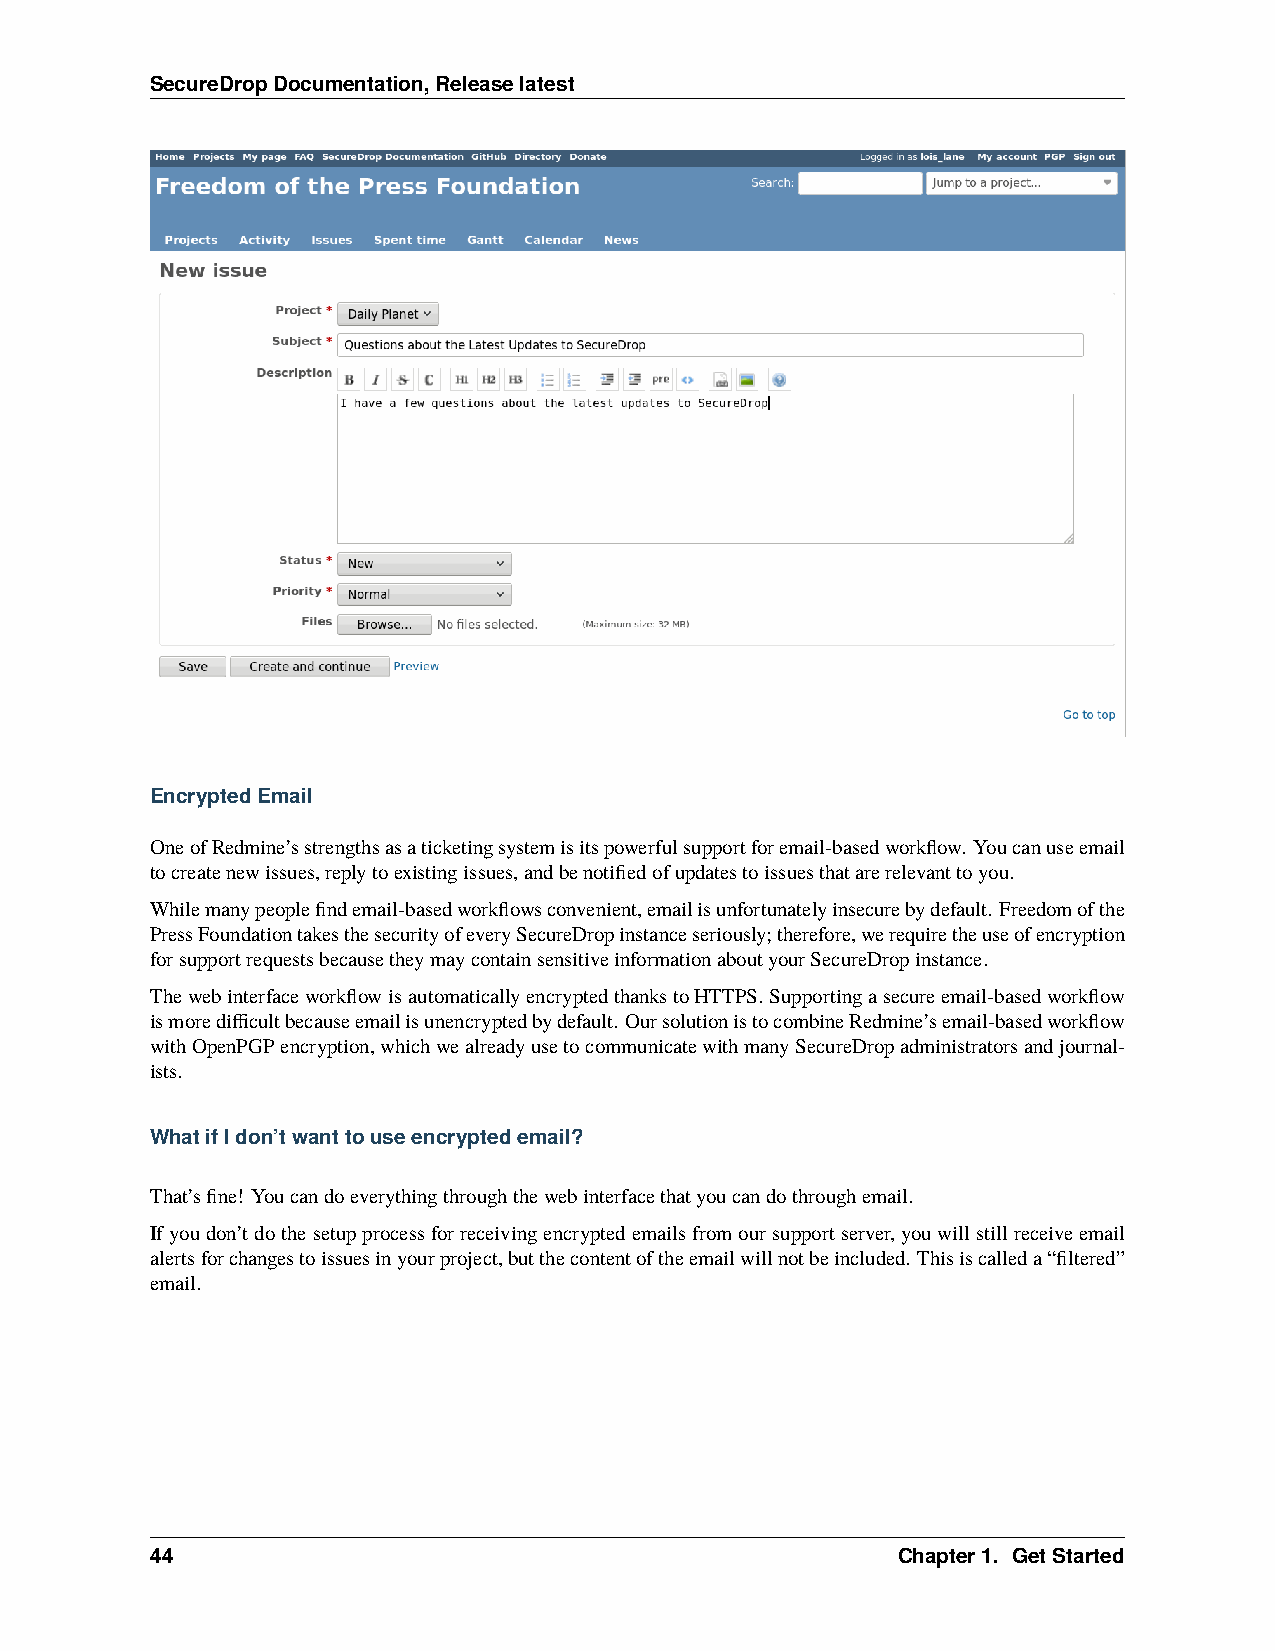
SecureDropDocumentation,Releaselatest
 EncryptedEmail
 OneofRedmine’sstrengthsasaticketingsystemisitspowerfulsupportforemail-basedworkflow. Youcanuseemail
 tocreatenewissues,replytoexistingissues,andbenotifiedofupdatestoissuesthatarerelevanttoyou.
 Whilemanypeoplefindemail-basedworkflowsconvenient,emailisunfortunatelyinsecurebydefault. Freedomofthe
 PressFoundationtakesthesecurityofeverySecureDropinstanceseriously;therefore,werequiretheuseofencryption
 forsupportrequestsbecausetheymaycontainsensitiveinformationaboutyourSecureDropinstance.
 ThewebinterfaceworkflowisautomaticallyencryptedthankstoHTTPS.Supportingasecureemail-basedworkflow
 ismoredifficultbecauseemailisunencryptedbydefault. OursolutionistocombineRedmine’semail-basedworkflow
 withOpenPGPencryption,whichwealreadyusetocommunicatewithmanySecureDropadministratorsandjournal-
 ists.
 WhatifIdon’twanttouseencryptedemail?
 That’sfine! Youcandoeverythingthroughthewebinterfacethatyoucandothroughemail.
 Ifyoudon’tdothesetupprocessforreceivingencryptedemailsfromoursupportserver, youwillstillreceiveemail
 alertsforchangestoissuesinyourproject,butthecontentoftheemailwillnotbeincluded. Thisiscalleda“filtered”
 email.
 44                                               Chapter1. GetStarted